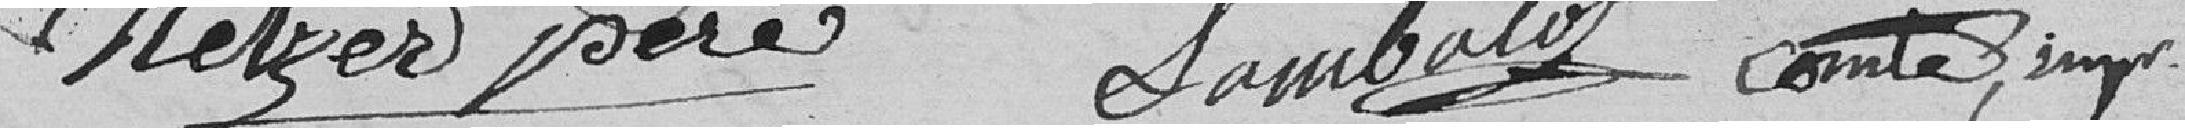
Metzger père, Lambalot Comte